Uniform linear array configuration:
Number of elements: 24
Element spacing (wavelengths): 0.25
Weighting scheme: hann
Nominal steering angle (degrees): -15
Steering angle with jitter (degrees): -13.326
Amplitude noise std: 0.05
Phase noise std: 0.05

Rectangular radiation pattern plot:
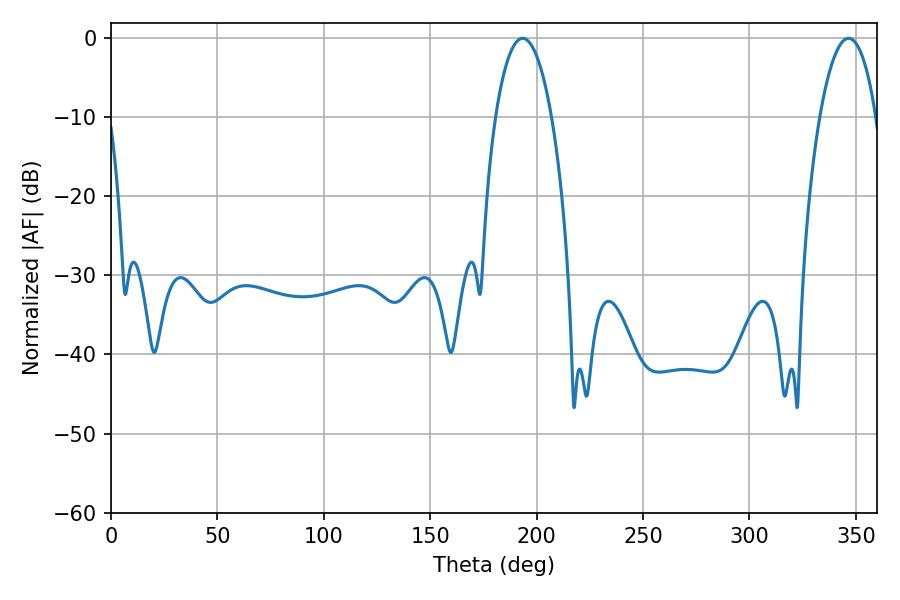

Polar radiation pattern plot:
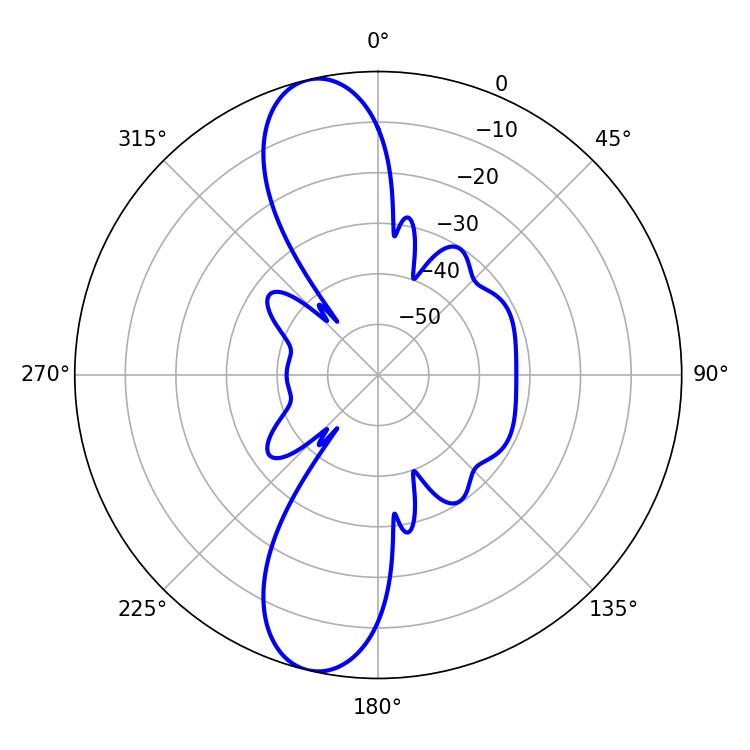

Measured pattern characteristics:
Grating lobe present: FALSE
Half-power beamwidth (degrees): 14.76
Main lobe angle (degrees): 193.5